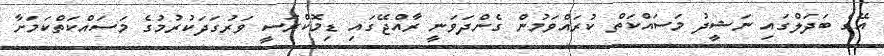
އޭގެ ބަދަލްގައި ނަޝީދު މަސައްކަތް ކުރައްވަމުން ގެންދަވަނީ ރާއްޖޭގައި ޑިމޮކްރަސީ ވަރުގަދަކުރުމުގެ މަސައްކަތްކަމަށާ